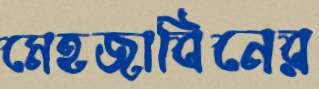
মেহজাবিনের